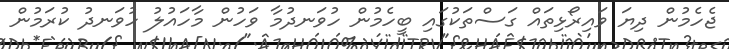
ޖެހެމުން ދިޔަ ވައިރޯޅިތައް ގަސްތަކުގައި ބީހެމުން ހުވަނދުމާ ވަހުން މާހައުލު ހުވަނދު ކުރަމުން